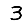
Digit: 3